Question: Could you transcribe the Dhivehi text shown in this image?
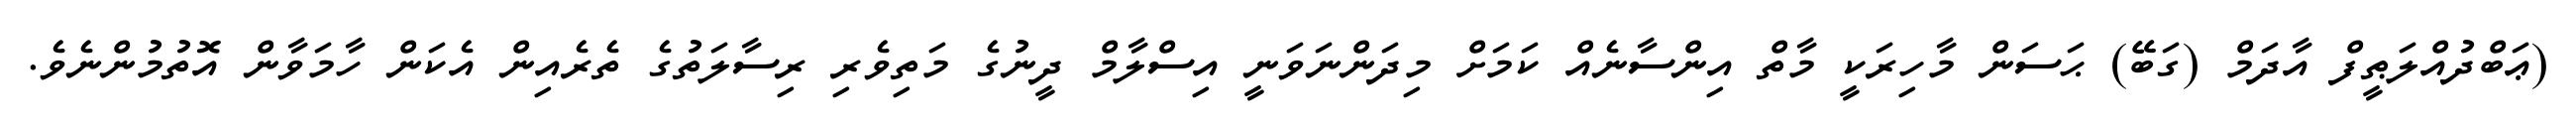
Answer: (ޢަބްދުއްލަޠީފް އާދަމް (ގަބޭ) ޙަސަން މާހިރަކީ މާތް އިންސާނެއް ކަމަށް މިދަންނަވަނީ އިސްލާމް ދީނުގެ މަތިވެރި ރިސާލަތުގެ ތެރެއިން އެކަން ހާމަވާން އޮތުމުންނެވެ.